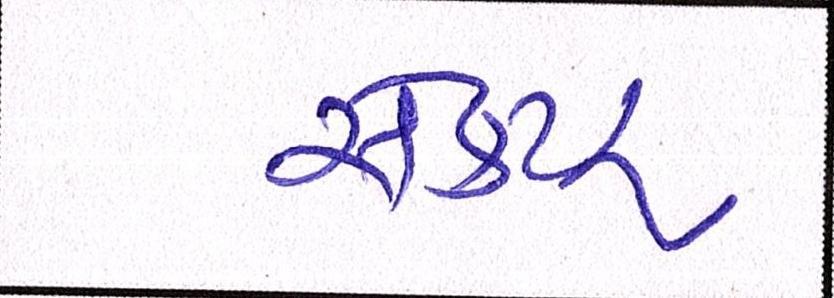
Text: સેકટર